Note on the mental hospitals in Burma - 1925-1940
Year: 1925
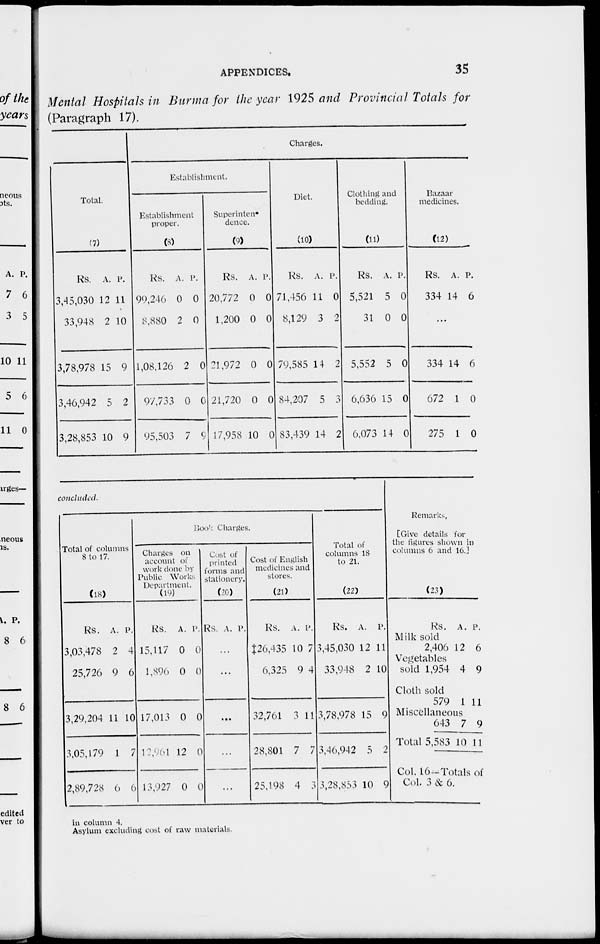
APPENDICES.
35
Mental Hospitals in Burma for the year 1925 and Provincial Totals for
(Paragraph 17).
Total.
(7)
Rs.
3,45,030
33,948
3,78,978
3,46,942
3,28,853
A.
12
2
15
5
10
P.
11
10
9
2
9
Charges.
Establishment.
Establishment
proper.
(8)
Rs.
99,246
8,880
1,08,126
97,733
95,503
A.
0
2
2
0
7
P.
0
0
0
0
9
Superinten-
dence.
(9)
Rs.
20,772
1,200
21,972
21,720
17,958
A.
0
0
0
0
10
P.
0
0
0
0
0
Diet.
(10)
Rs.
71,456
8,129
79,585
84,207
83,439
A.
11
3
14
5
14
P.
0
2
2
3
2
Clothing and
bedding.
(11)
Rs.
5,521
31
5,552
6,636
6,073
A.
5
0
5
15
14
P.
0
0
0
0
0
Bazaar
medicines.
(12)
Rs.
334
A.
14
P.
6
...
334
672
275
14
1
1
6
0
0
concluded.
Total of columns
8 to 17.
(18)
Rs.
3,03,478
25,726
3,29,204
3,05,179
2,89,728
A.
2
9
11
1
6
P.
4
6
10
7
6
Book Charges.
Charges on
account of
work done by
Public Works
Department.
(19)
Rs.
15,117
1,896
17,013
12, 901
13,927
A.
0
0
0
12
0
P.
0
0
0
0
0
Cost of
printed
forms and
stationery.
(20)
Rs. A. P.
...
...
...
...
...
Cost of English
medicines and
stores.
(21)
Rs.
‡26,435
6,325
32,761
28,801
25,198
A.
10
9
3
7
4
P.
7
4
11
7
3
Total of
columns 18
to 21.
(22)
Rs.
3,45,030
33,948
3,78,978
3,46,942
3,28,853
A.
12
2
15
5
10
P.
11
10
9
2
9
Remarks.
[Give details for
the figures shown in
columns 6 and 16.]
(23)
Rs.
Milk sold
2,406
Vegetables
sold 1,954
Cloth sold
579
Miscellaneous
643
Total 5,583
A.
12
4
1
7
10
P.
6
9
11
9
11
Col. 16—Totals of
Col. 3 & 6.
in column 4.
Asylum excluding cost of raw materials.